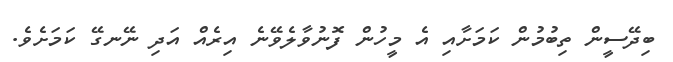
ބިދޭސީން ތިބުމުން ކަމަށާއި އެ މީހުން ފޮނުވާލެވޭނެ އިރެއް އަދި ނޭނގޭ ކަމަށެވެ.